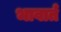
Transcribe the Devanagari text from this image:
भावार्त